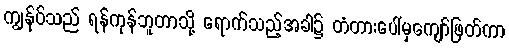
ကျွန်ုပ်သည် ရန်ကုန်ဘူတာသို့ ရောက်သည့်အခါ၌ တံတားပေါ်မှကျော်ဖြတ်ကာ